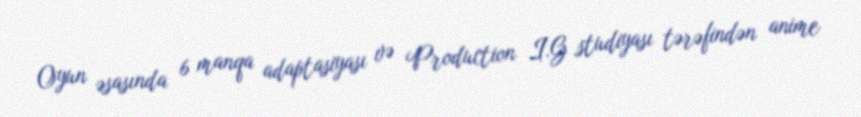
Oyun əsasında 6 manqa adaptasiyası və Production I.G studiyası tərəfindən anime